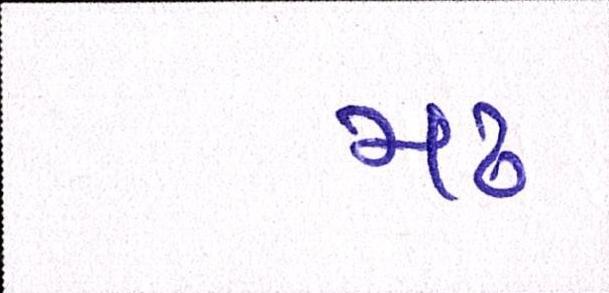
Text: મઢ